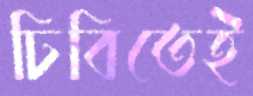
ঢিবিতেই